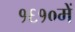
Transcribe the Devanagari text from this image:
१६१०में